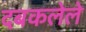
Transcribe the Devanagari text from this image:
दबकलेले